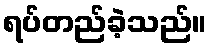
ရပ်တည်ခဲ့သည်။